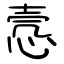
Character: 悫